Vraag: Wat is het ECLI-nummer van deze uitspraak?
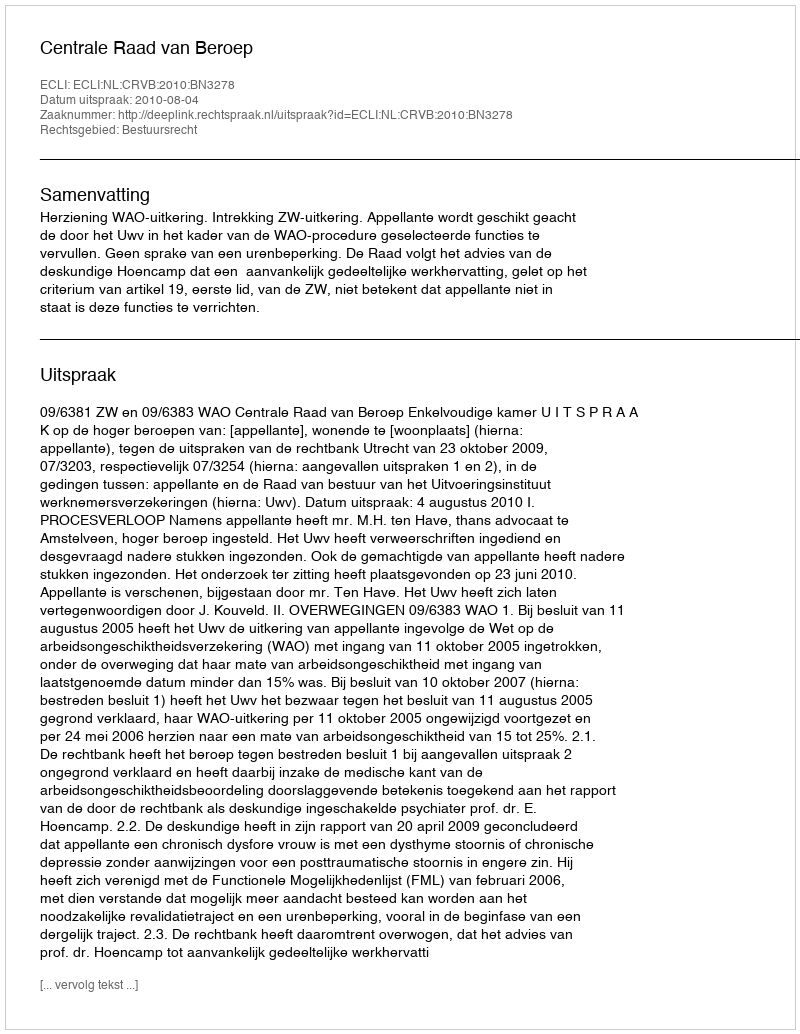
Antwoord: ECLI:NL:CRVB:2010:BN3278